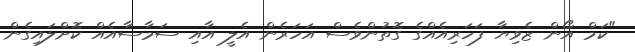
"ކަމް އޯން ޒެވިޔާ ފަހަރިއެއްގެ ގޮތުންވެސް އަހަރެން އެލީ އާއި ސަމާސާއެއް ކޮށްލައިގެން